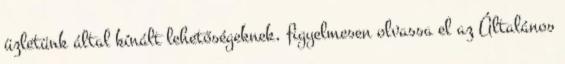
üzletünk által kínált lehetőségeknek, figyelmesen olvassa el az Általános